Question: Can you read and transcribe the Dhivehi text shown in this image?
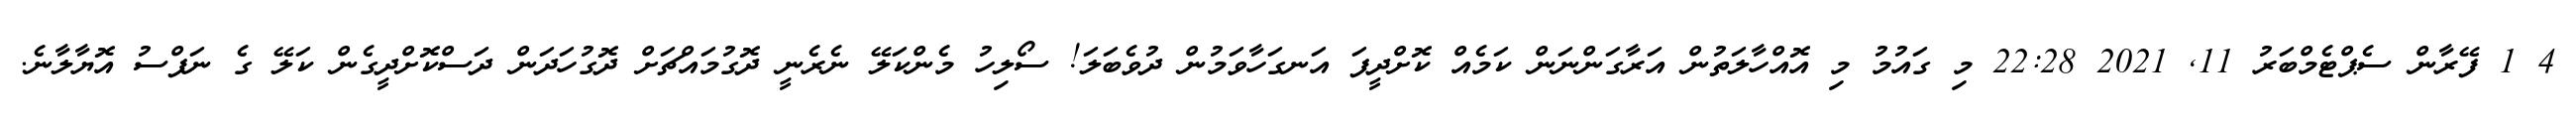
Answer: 4 1 ފޭރާން ސެޕްޓެމްބަރު 11, 2021 22:28 މި ގައުމު މި އޮއްހާލަތުން އަރާގަންނަން ކަމެއް ކޮށްދީފަ އަނގަހާވަމުން ދުވެބަލަ! ސޯލިހު މެންކަލޭ ނެރެނީ ދޮގުމައްޗަށް ދޮގުހަދަން ދަސްކޮށްދީގެން ކަލޭ ގެ ނަފްސު އޮޔާލާނެ.